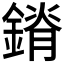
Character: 𰽃